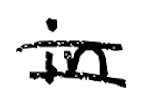
Text: in
Cross-out: double-line
Writing tool: digital_black